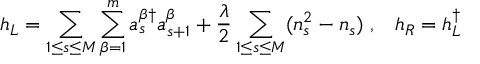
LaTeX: h _ { L } = \sum _ { 1 \leq s \leq M } \sum _ { \beta = 1 } ^ { m } a _ { s } ^ { \beta \dag } a _ { s + 1 } ^ { \beta } + \frac { \lambda } { 2 } \sum _ { 1 \leq s \leq M } ( n _ { s } ^ { 2 } - n _ { s } ) \; , \; \; \; h _ { R } = h _ { L } ^ { \dag }